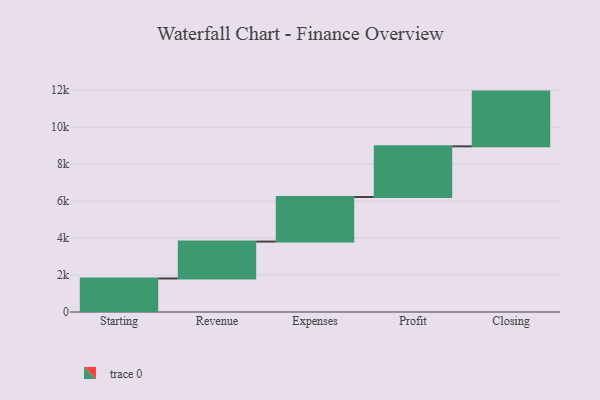
{"axis": {"x": "Step", "y": "Value"}, "legend": [""], "data": [{"x": "Starting", "y": 1813.0, "type": ""}, {"x": "Revenue", "y": 1995.0, "type": ""}, {"x": "Expenses", "y": 2411.0, "type": ""}, {"x": "Profit", "y": 2740.0, "type": ""}, {"x": "Closing", "y": 2960.0, "type": ""}]}